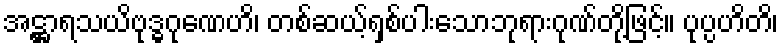
အဋ္ဌာရသယိဗုဒ္ဓဂုဏေဟိ၊ တစ်ဆယ့်ရှစ်ပါးသောဘုရားဂုဏ်တို့ဖြင့်။ ပုပ္ပဟိတိ၊